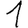
Digit: 1